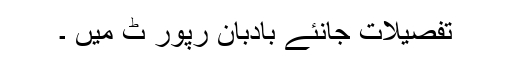
تفصیلات جانئے بادبان رپور ٹ میں ۔